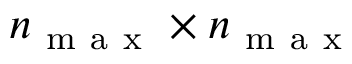
n _ { \mathrm { ~ m ~ a ~ x ~ } } \times n _ { \mathrm { ~ m ~ a ~ x ~ } }